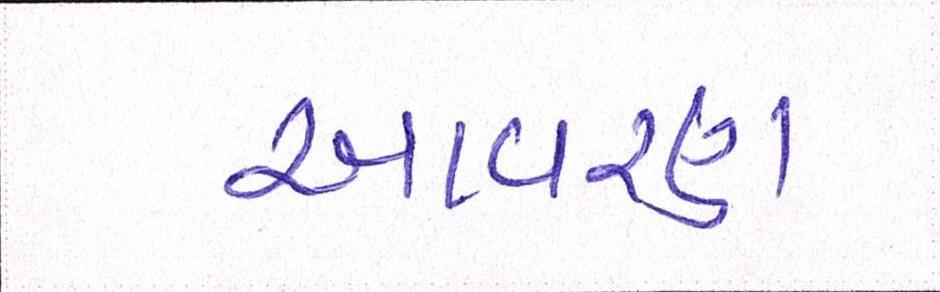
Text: આવરણ